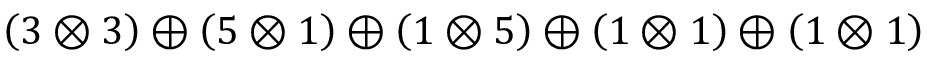
\left( 3 \otimes 3 \right) \oplus \left( 5 \otimes 1 \right) \oplus \left( 1 \otimes 5 \right) \oplus \left( 1 \otimes 1 \right) \oplus \left( 1 \otimes 1 \right)